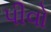
પીવો